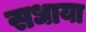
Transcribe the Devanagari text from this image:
सधाया